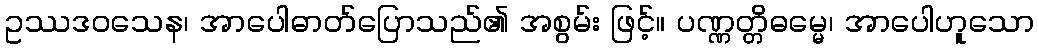
ဥဿဒဝသေန၊ အာပေါဓာတ်ပြောသည်၏ အစွမ်း ဖြင့်။ ပဏ္ဏတ္တိဓမ္မေ၊ အာပေါဟူသော